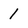
Character: 1